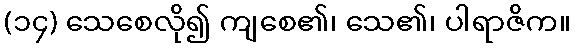
(၁၄) သေစေလို၍ ကျစေ၏၊ သေ၏၊ ပါရာဇိက။